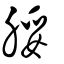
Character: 脮